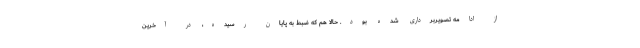
از ادامه تصویربرداری شده بود. حالا هم که ضبط به پایان رسیده، در آخرین